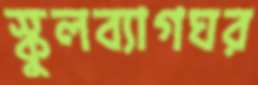
স্কুলব্যাগঘর